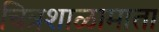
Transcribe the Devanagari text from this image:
चित्रशाळामाता